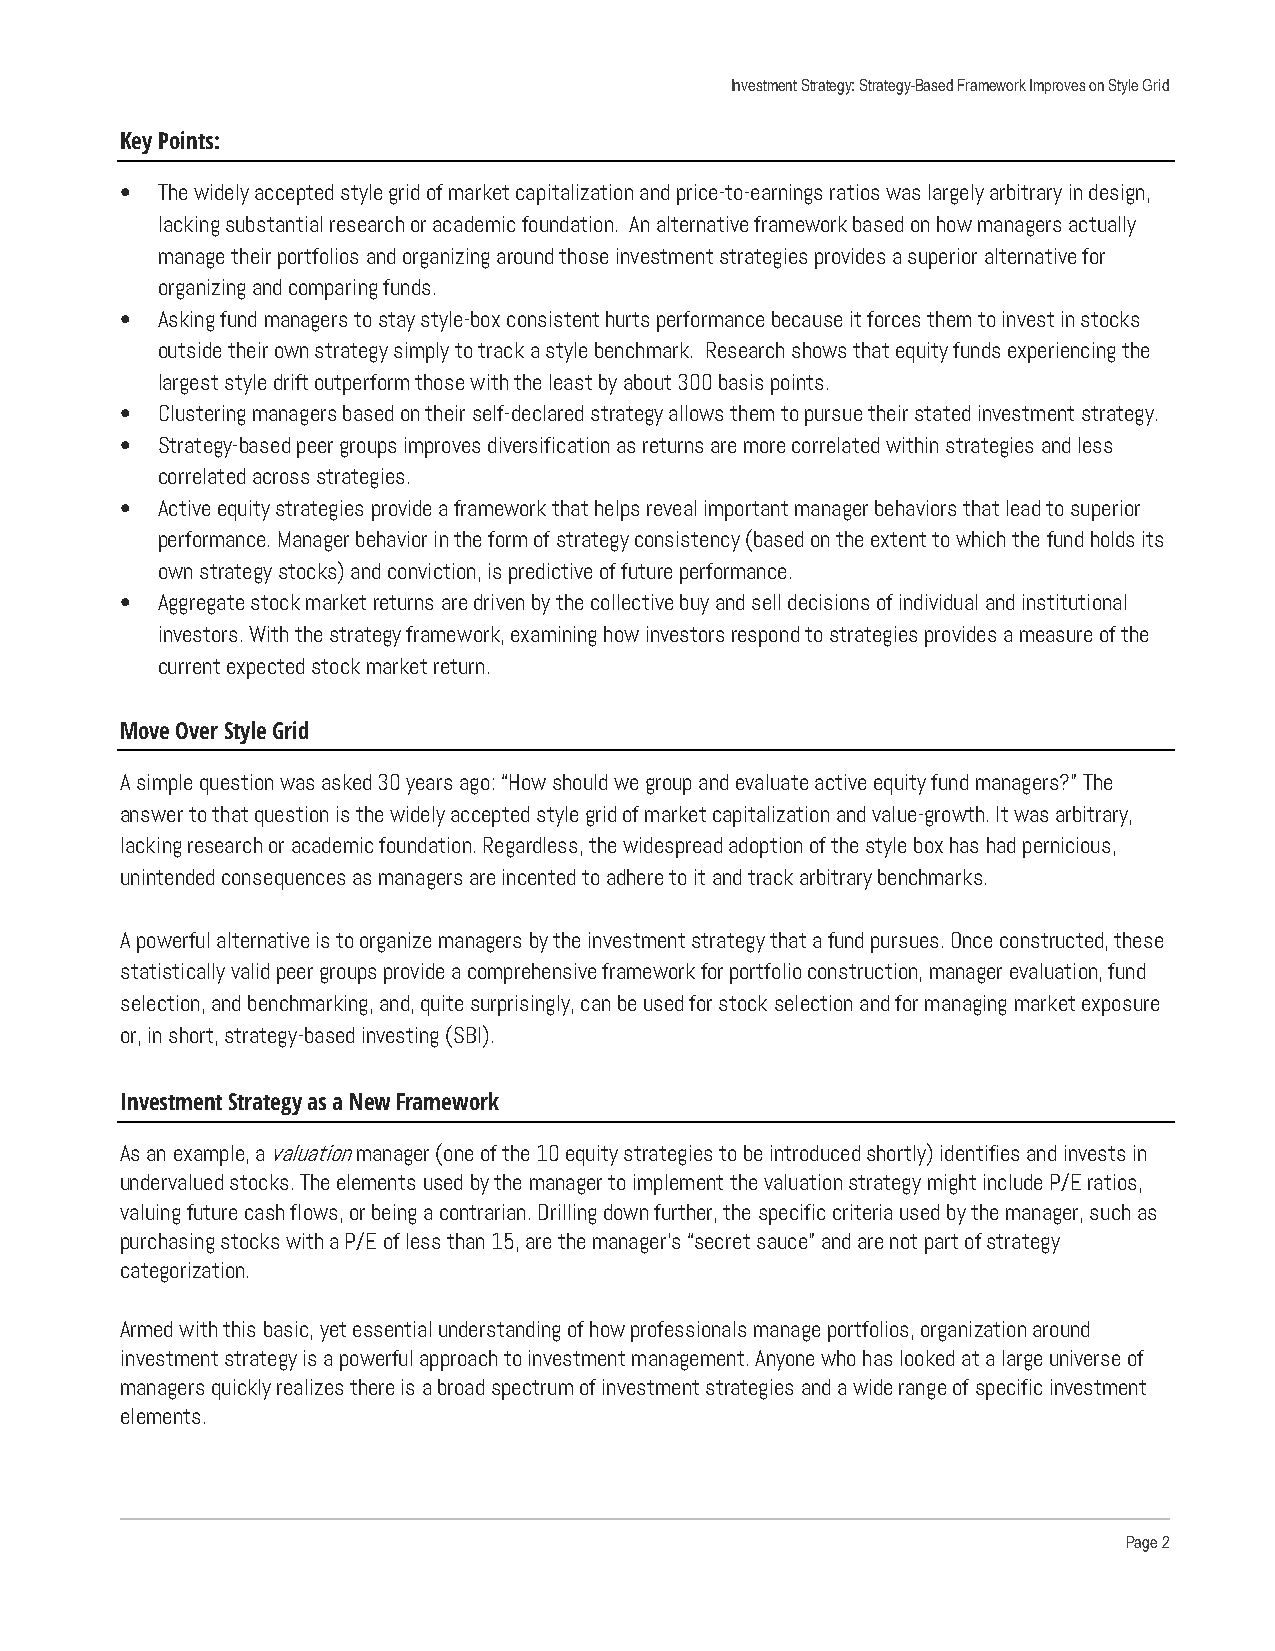
Investment Strategy: Strategy-Based Framework Improves on Style Grid
 Key Points:
 • The widely accepted style grid of market capitalization and price-to-earnings ratios was largely arbitrary in design,
 lacking substantial research or academic foundation. An alternative framework based on how managers actually
 manage their portfolios and organizing around those investment strategies provides a superior alternative for
 organizing and comparing funds.
 • Asking fund managers to stay style-box consistent hurts performance because it forces them to invest in stocks
 outside their own strategy simply to track a style benchmark. Research shows that equity funds experiencing the
 largest style drift outperform those with the least by about 300 basis points.
 • Clustering managers based on their self-declared strategy allows them to pursue their stated investment strategy.
 • Strategy-based peer groups improves diversification as returns are more correlated within strategies and less
 correlated across strategies.
 • Active equity strategies provide a framework that helps reveal important manager behaviors that lead to superior
 performance. Manager behavior in the form of strategy consistency (based on the extent to which the fund holds its
 own strategy stocks) and conviction, is predictive of future performance.
 • Aggregate stock market returns are driven by the collective buy and sell decisions of individual and institutional
 investors. With the strategy framework, examining how investors respond to strategies provides a measure of the
 current expected stock market return.
 Move Over Style Grid
 A simple question was asked 30 years ago: “How should we group and evaluate active equity fund managers?” The
 answer to that question is the widely accepted style grid of market capitalization and value-growth. It was arbitrary,
 lacking research or academic foundation. Regardless, the widespread adoption of the style box has had pernicious,
 unintended consequences as managers are incented to adhere to it and track arbitrary benchmarks.
 A powerful alternative is to organize managers by the investment strategy that a fund pursues. Once constructed, these
 statistically valid peer groups provide a comprehensive framework for portfolio construction, manager evaluation, fund
 selection, and benchmarking, and, quite surprisingly, can be used for stock selection and for managing market exposure
 or, in short, strategy-based investing (SBI).
 Investment Strategy as a New Framework
 As an example, a valuation manager (one of the 10 equity strategies to be introduced shortly) identifies and invests in
 undervalued stocks. The elements used by the manager to implement the valuation strategy might include P/E ratios,
 valuing future cash flows, or being a contrarian. Drilling down further, the specific criteria used by the manager, such as
 purchasing stocks with a P/E of less than 15, are the manager’s “secret sauce” and are not part of strategy
 categorization.
 Armed with this basic, yet essential understanding of how professionals manage portfolios, organization around
 investment strategy is a powerful approach to investment management. Anyone who has looked at a large universe of
 managers quickly realizes there is a broad spectrum of investment strategies and a wide range of specific investment
 elements.
 Page 2